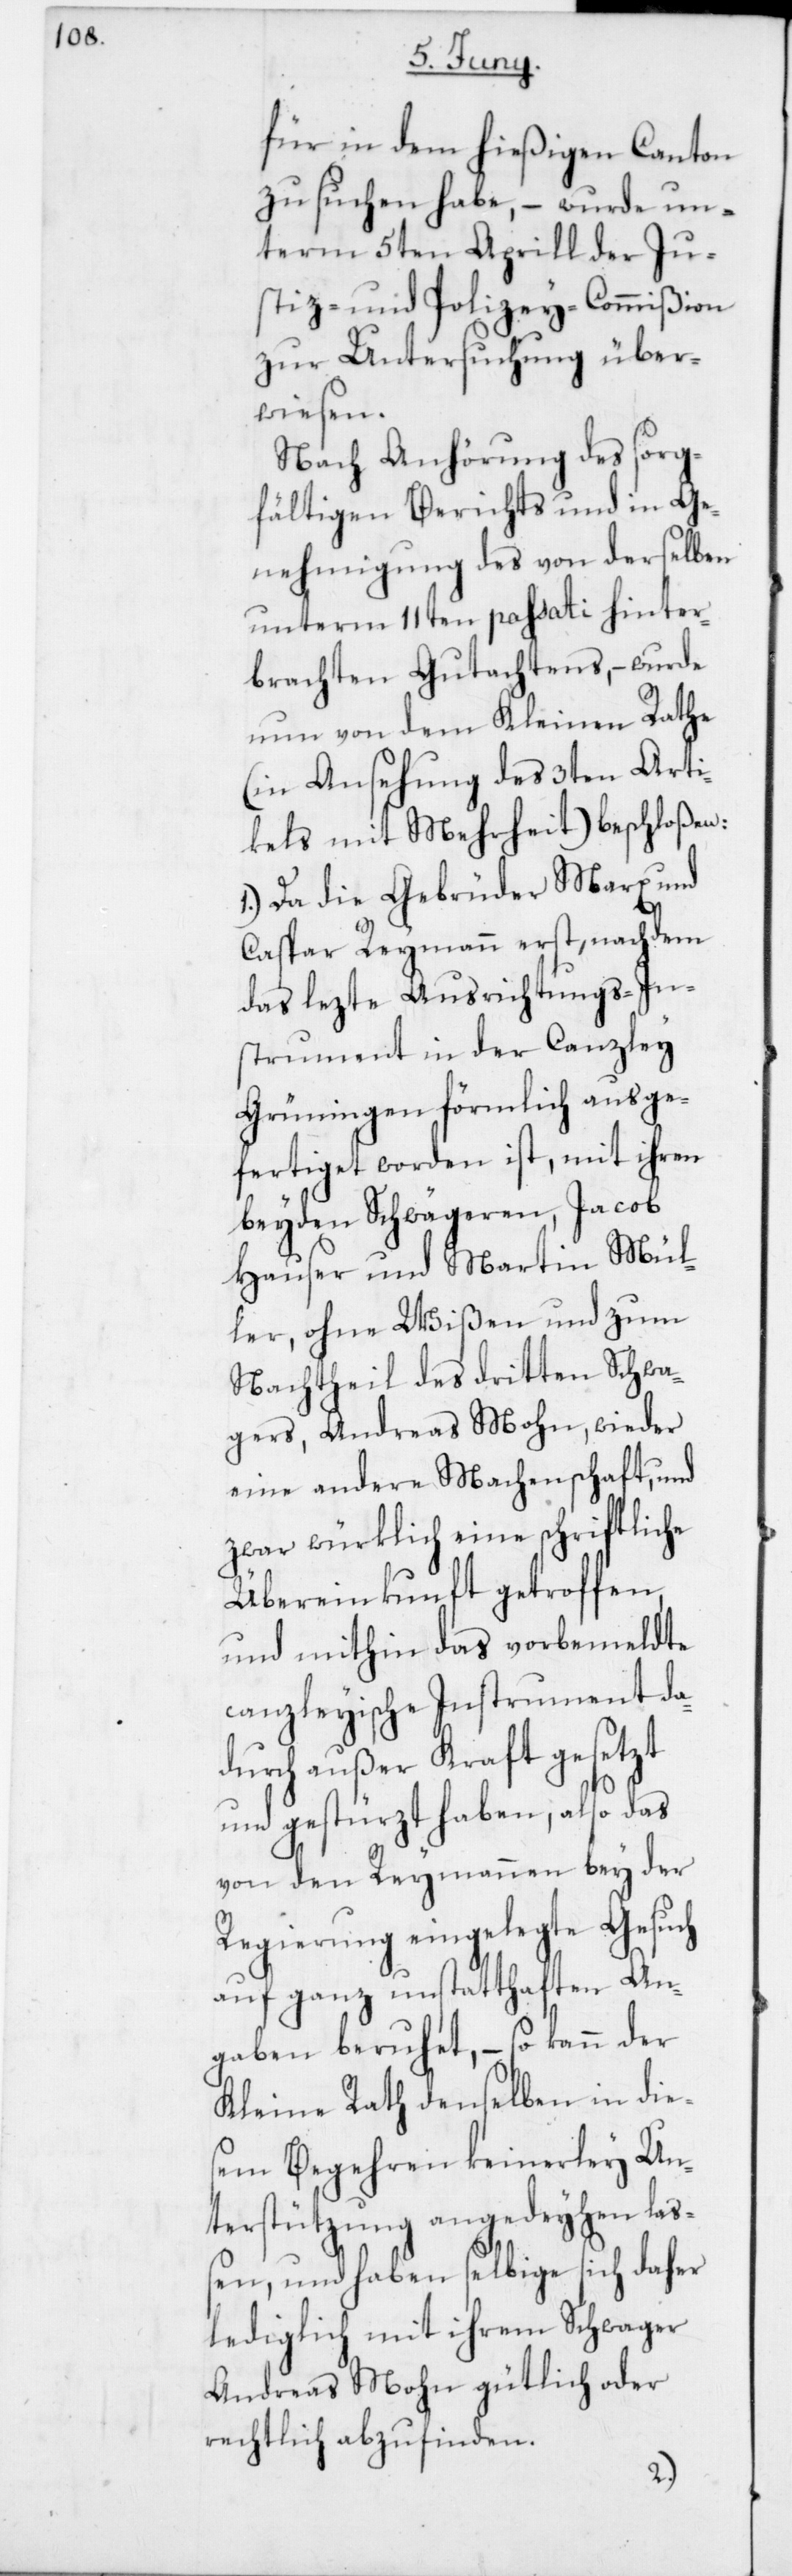
für in dem hießigen Canton
zu suchen habe, – wurde un¬
term 5ten Aprill der Ju¬
stiz- und Polizey-Commißion
zur Untersuchung über¬
wiesen.
Nach Anhörung des sorg¬
fältigen Berichts und in Ge¬
nehmigung des von derselben
unterm 11ten passati hinter¬
brachten Gutachtens, – wurde
nun von dem Kleinen Rathe
(in Ansehung des 3ten Arti¬
kels mit Mehrheit) beschloßen:
1. Da die Gebrüder Marx und
Caspar Reymann erst nachdem
das lezte Ausrichtungs-In¬
strument in der Canzley
Grüningen förmlich ausge¬
fertiget worden ist, mit ihren
beyden Schwägeren, Jacob
Hauser und Martin Mül¬
ler, ohne Wißen und zum
Nachtheil des dritten Schwa¬
gers, Andreas Mohn, wieder
eine andere Machenschaft und
zwar würklich eine schriftliche
Übereinkunft getroffen
und mithin das vorbemeldte
canzleyische Instrument da¬
durch außer Kraft gesetzt
und gestürzt haben, also das
von den Reymannen bey der
Regierung eingelegte Gesuch
auf ganz unstatthaften An¬
gaben beruhet, – so kann der
Kleine Rath denselben in dies¬
em Begehren keinerley Un¬
terstützung angedeyhen laß¬
en, und haben selbige sich daher
lediglich mit ihrem Schwager
Andreas Mohn gütlich oder
rechtlich abzufinden.